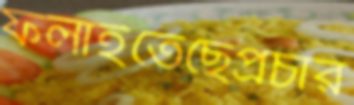
ফলাইতেছেপ্রচার